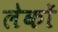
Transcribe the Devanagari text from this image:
लेकों